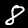
Label: 8